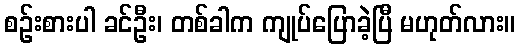
စဉ်းစားပါ ခင်ဦး၊ တစ်ခါက ကျုပ်ပြောခဲ့ပြီ မဟုတ်လား။